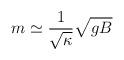
LaTeX: \begin{align*}m\simeq \frac{1}{\sqrt{\kappa }}\sqrt{gB} \end{align*}